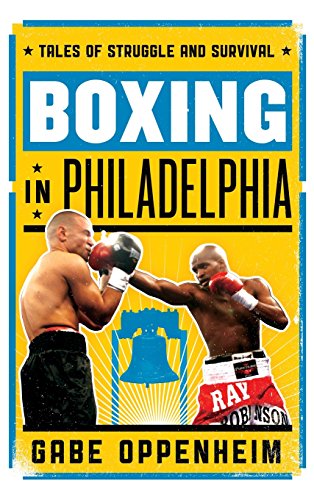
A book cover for Boxing in Philadelphia: Tales of Struggle and Survival; Gabe Oppenheim; Sports & Outdoors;